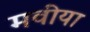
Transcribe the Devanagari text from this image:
मवीया